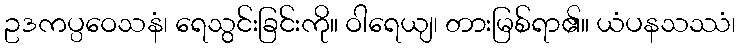
ဥဒကပ္ပဝေသနံ၊ ရေသွင်းခြင်းကို။ ဝါရေယျ၊ တားမြစ်ရာ၏။ ယံပနသဿံ၊